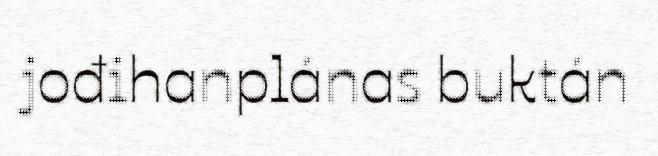
jođihanplánas buktán